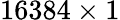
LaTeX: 16384\times 1